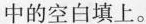
中的空白填上。